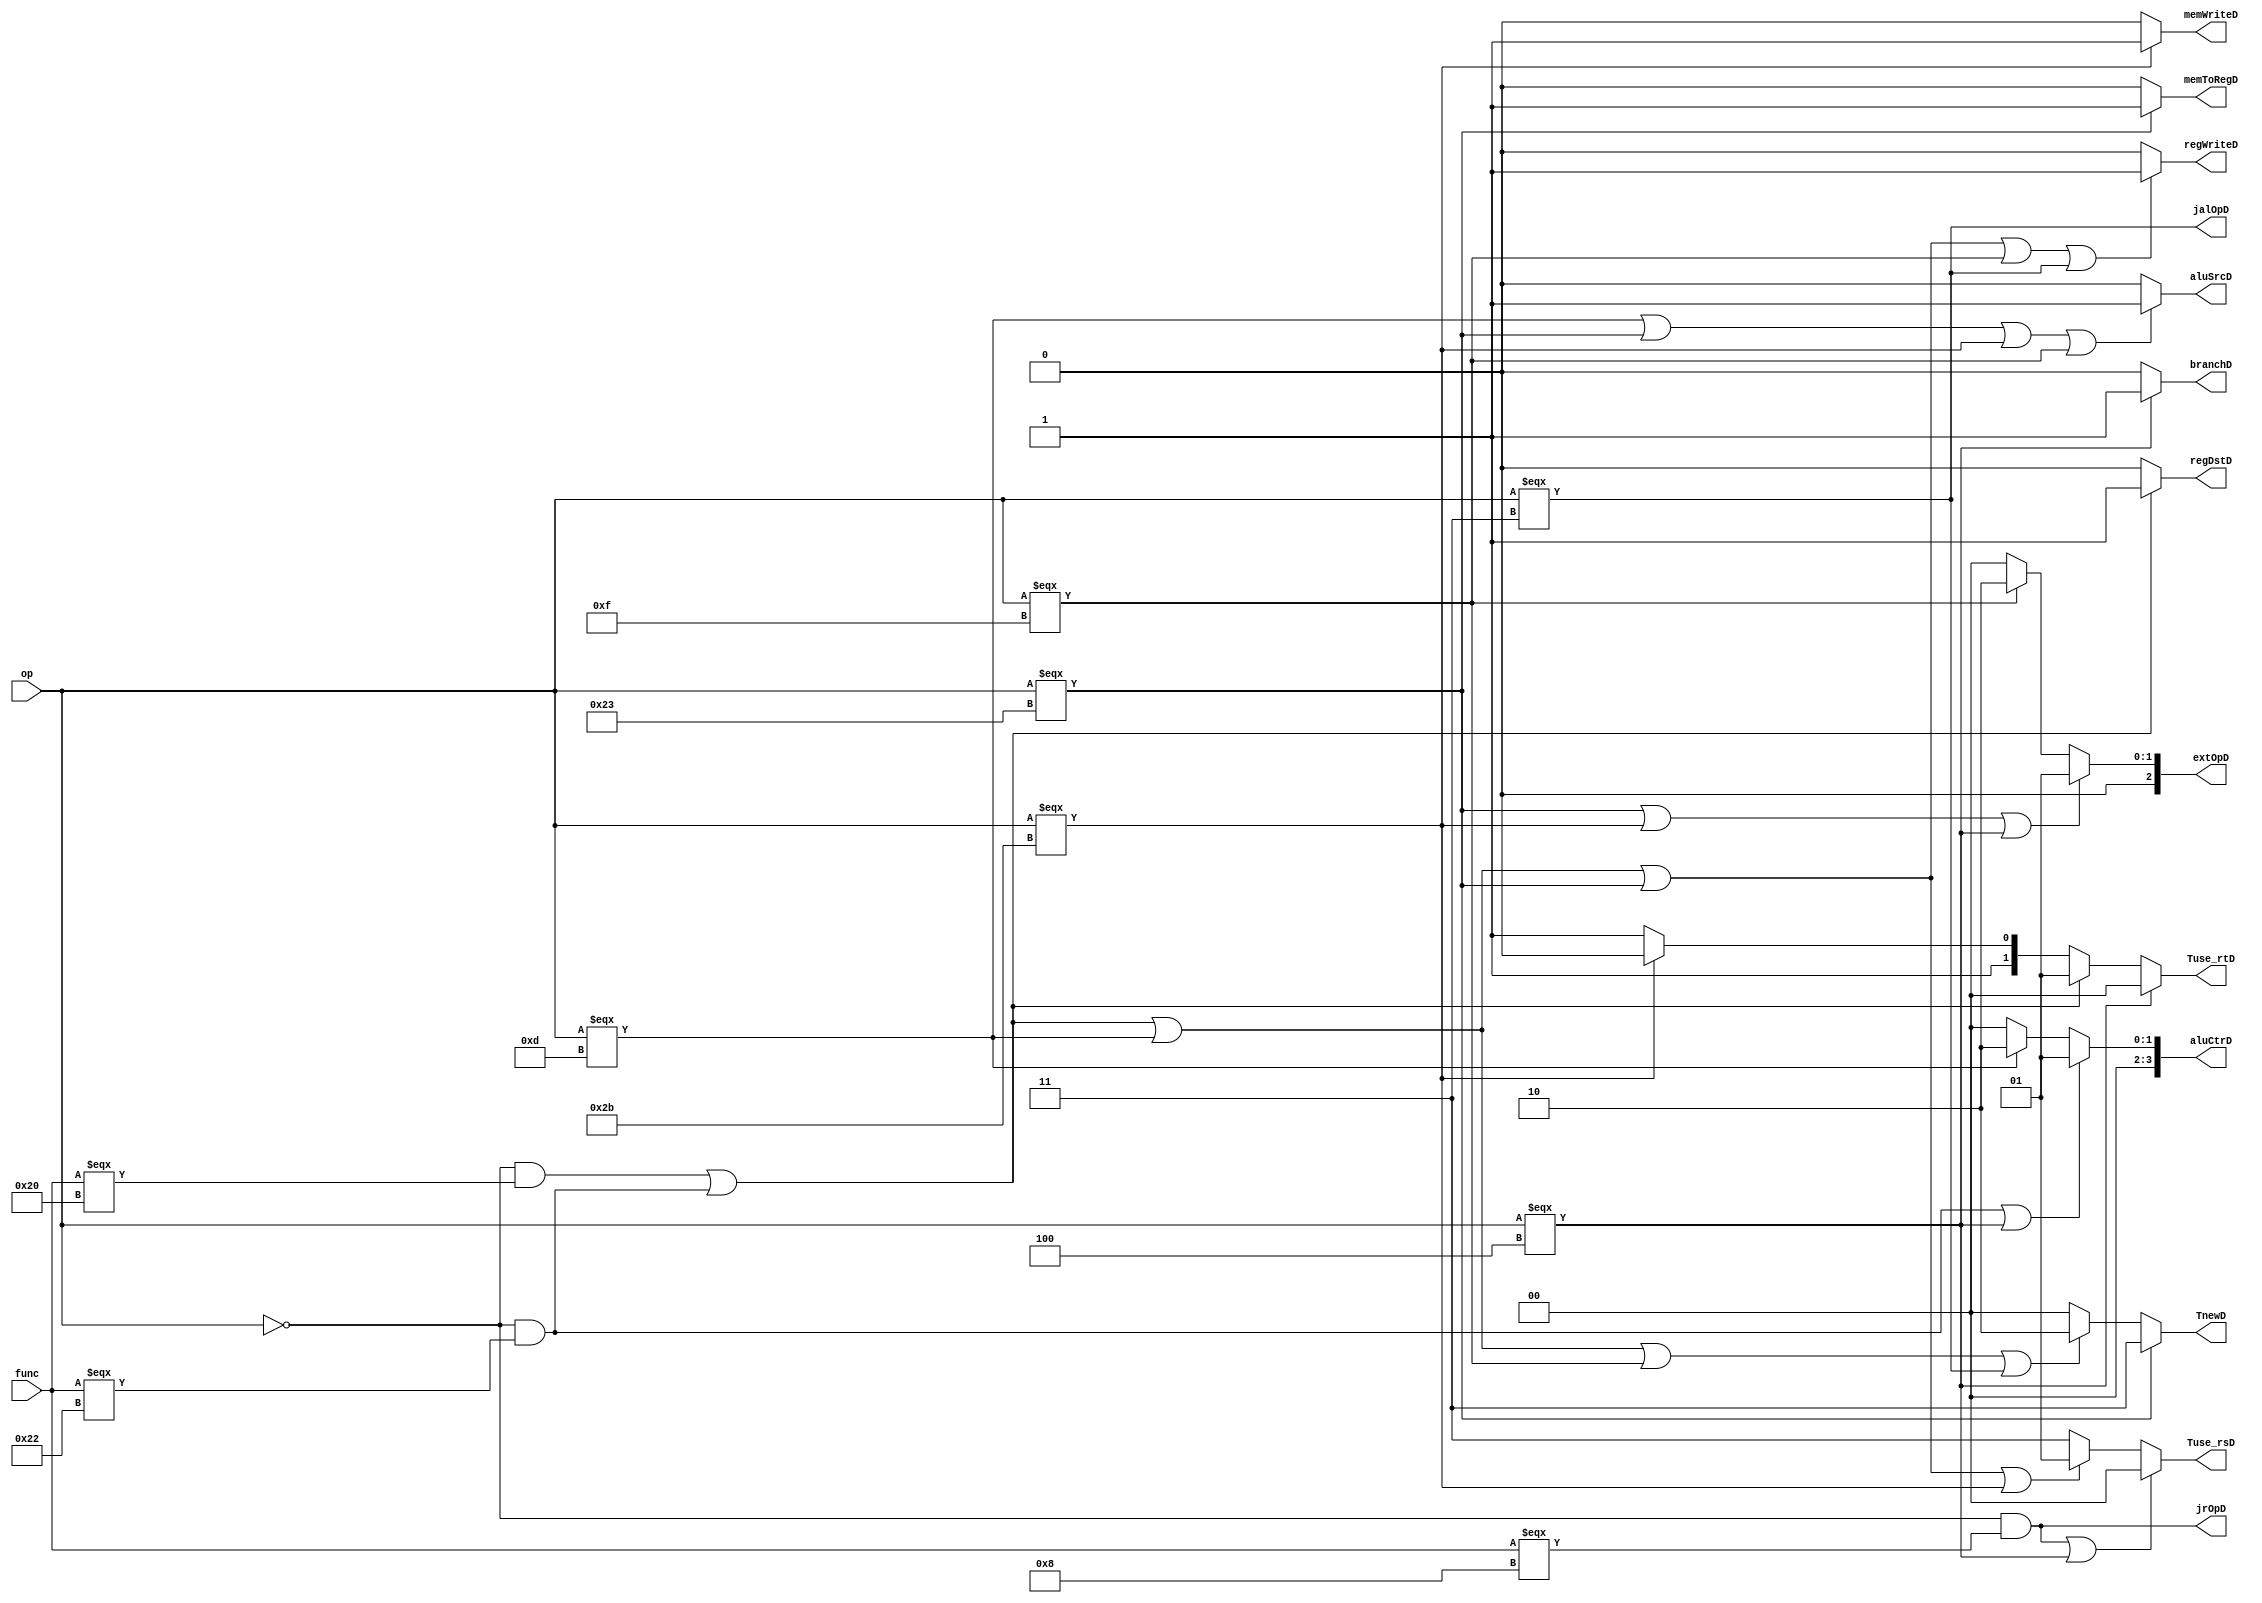
`timescale 1ns / 1ps
//////////////////////////////////////////////////////////////////////////////////
// Company: 
// Engineer: 
// 
// Design Name: 
// Module Name:    control 
// Project Name: 
// Target Devices: 
// Tool versions: 
// Description: 
//
// Dependencies: 
//
// Revision: 
// Revision 0.01 - File Created
// Additional Comments: 
//
//////////////////////////////////////////////////////////////////////////////////
module control(
    input [5:0] op,
    input [5:0] func,
    output regWriteD,
    output memToRegD,
    output memWriteD,
    output [3:0] aluCtrD,
    output aluSrcD ,
    output regDstD,
    output branchD,
    output [2:0] extOpD ,
    output jalOpD,
    output jrOpD,
	 output [1:0] Tuse_rsD,
	 output [1:0] Tuse_rtD,
	 output [1:0] TnewD 
    );
    wire r = (op == 0);
	 wire add = r & (func === 6'b100000);
	 wire sub = r & (func === 6'b100010);
	 wire ori = (op === 6'b001101);
	 wire lw = (op === 6'b100011);
    wire sw = (op === 6'b101011);
	 wire beq = (op === 6'b000100);
	 wire lui = (op === 6'b001111);
	 wire jal = (op === 6'b000011);
	 wire jr = r & (func === 6'b001000);
	 
	 assign regWriteD = (add|sub|ori|lw|lui|jal) ? 1'b1 : 1'b0;
	 assign memToRegD = (lw) ? 1'b1 : 1'b0;
	 assign memWriteD = (sw) ? 1'b1 : 1'b0;
	 assign aluCtrD = (sub|beq) ? 4'b0001:
	                  (ori) ? 4'b0010:
							4'b0000;
    assign aluSrcD = (ori|lw|sw|lui) ? 1'b1 : 1'b0;
	 assign regDstD = (add|sub) ? 1'b1 : 1'b0;
    assign branchD = (beq) ? 1'b1 : 1'b0;
    assign extOpD = (lw|sw|beq) ? 3'b001:
                    (lui) ? 3'b010:
                    3'b000;
    assign jalOpD = jal;
    assign jrOpD = jr;	 
	 assign Tuse_rsD = (jr|beq) ? 0 :
	                   (add|sub|ori|lw|sw) ? 1 :
							 3;
	 assign Tuse_rtD = (beq) ? 0 :
	                   (add|sub) ? 1 :
							 (sw) ? 2 :
							 3;
	assign TnewD = (lw) ? 3 :
	               (add|sub|ori|lui|jal) ? 2 :
						0;
	
endmodule